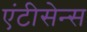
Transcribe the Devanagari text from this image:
एंटीसेन्स